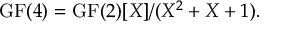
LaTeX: \mathrm { { G F } } ( 4 ) = \mathrm { { G F } } ( 2 ) [ X ] / ( X ^ { 2 } + X + 1 ) .